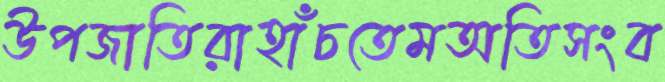
উপজাতিরাহাঁচতেমঅতিসংব